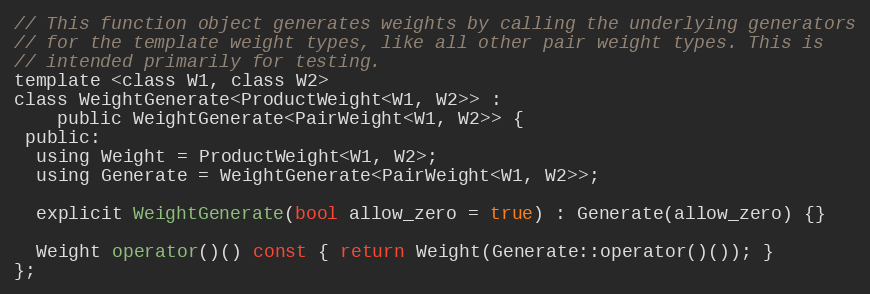
Language: C
// This function object generates weights by calling the underlying generators
// for the template weight types, like all other pair weight types. This is
// intended primarily for testing.
template <class W1, class W2>
class WeightGenerate<ProductWeight<W1, W2>> :
    public WeightGenerate<PairWeight<W1, W2>> {
 public:
  using Weight = ProductWeight<W1, W2>;
  using Generate = WeightGenerate<PairWeight<W1, W2>>;

  explicit WeightGenerate(bool allow_zero = true) : Generate(allow_zero) {}

  Weight operator()() const { return Weight(Generate::operator()()); }
};